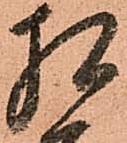
相